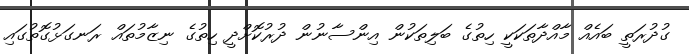
ގުދުރަތީ ބައެއް މާއްދާތަކަކީ ހިތުގެ ބަލިތަކުން އިންސާނުން ދުރުކޮށްދީ ހިތުގެ ނިޒާމުތައް ރަނގަޅުގޮތުގައި